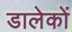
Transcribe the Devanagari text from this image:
डालेकों